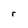
Character: r